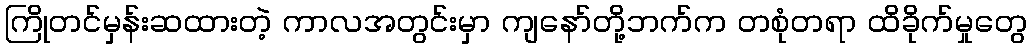
ကြိုတင်မှန်းဆထားတဲ့ ကာလအတွင်းမှာ ကျနော်တို့ဘက်က တစုံတရာ ထိခိုက်မှုတွေ